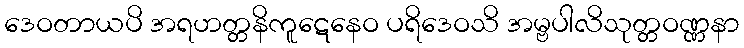
ဒေဝတာယပိ အရဟတ္တနိကူဋေနေဝ ပရိဒေဝသိ အမ္ဗပါလိသုတ္တဝဏ္ဏနာ